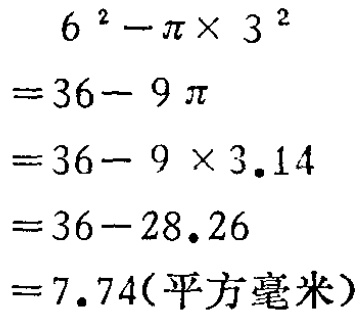
\[

\begin{align*}

&6^{2}-\pi\times3^{2}\\

=&36 - 9\pi\\

=&36-9\times3.14\\

=&36 - 28.26\\

=&7.74(\text{平方毫米})

\end{align*}

\]